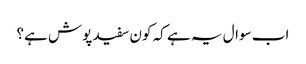
اب سوال یہ ہے کہ کون سفید پوش ہے؟